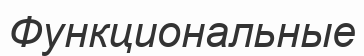
Функциональные